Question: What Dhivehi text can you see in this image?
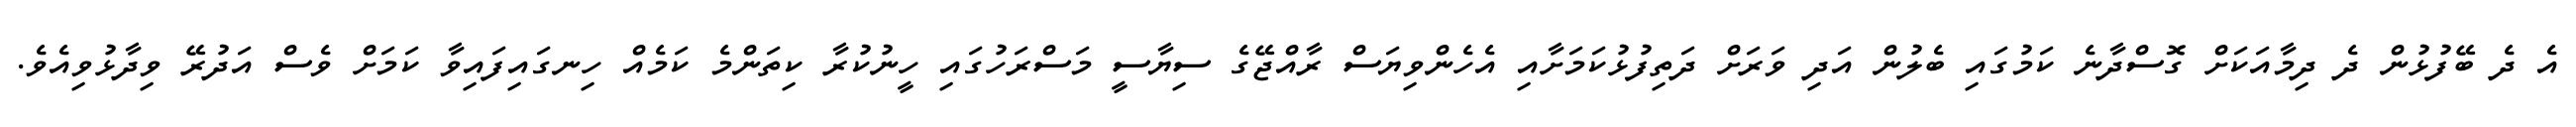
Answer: އެ ދެ ބޭފުޅުން ދެ ދިމާއަކަށް ގޮސްދާނެ ކަމުގައި ބެލުން އަދި ވަރަށް ދަތިފުޅުކަމަށާއި އެހެންވިޔަސް ރާއްޖޭގެ ސިޔާސީ މަސްރަހުގައި ހީނުކުރާ ކިތަންމެ ކަމެއް ހިނގައިފައިވާ ކަމަށް ވެސް އަދުރޭ ވިދާޅުވިއެވެ.